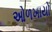
ઓળખાયો